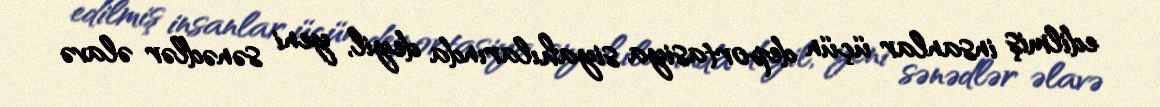
edilmiş insanlar üçün deportasiya siyahılarında deyil, yeni sənədlər əlavə